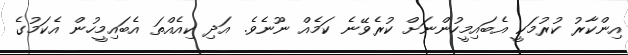
އިންކާރު ކުރުމަކީ އެބައިމީހުންނަށް ކުރެވޭނެ ކަމެއް ނޫނެވެ. އަދި ކިއެއްތަ އެބައިމީހުން އެކަމުގެ